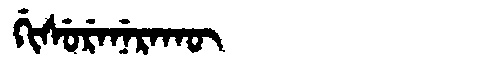
Manchu: ᡤᡳᠰᡠᡵᡝᠨᡝᡵᠠᡴᡡ
Romanization: GISURENERAKŪ